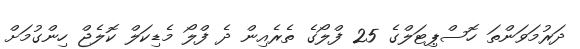
ދަރުމަވަންތަ ހޮސްޕިޓަލްގެ 25 ފްލޯގެ ތެރެއިން ދެ ފްލޯ މެޑިކަލް ކޮލެޖް ހިންގުމަށް